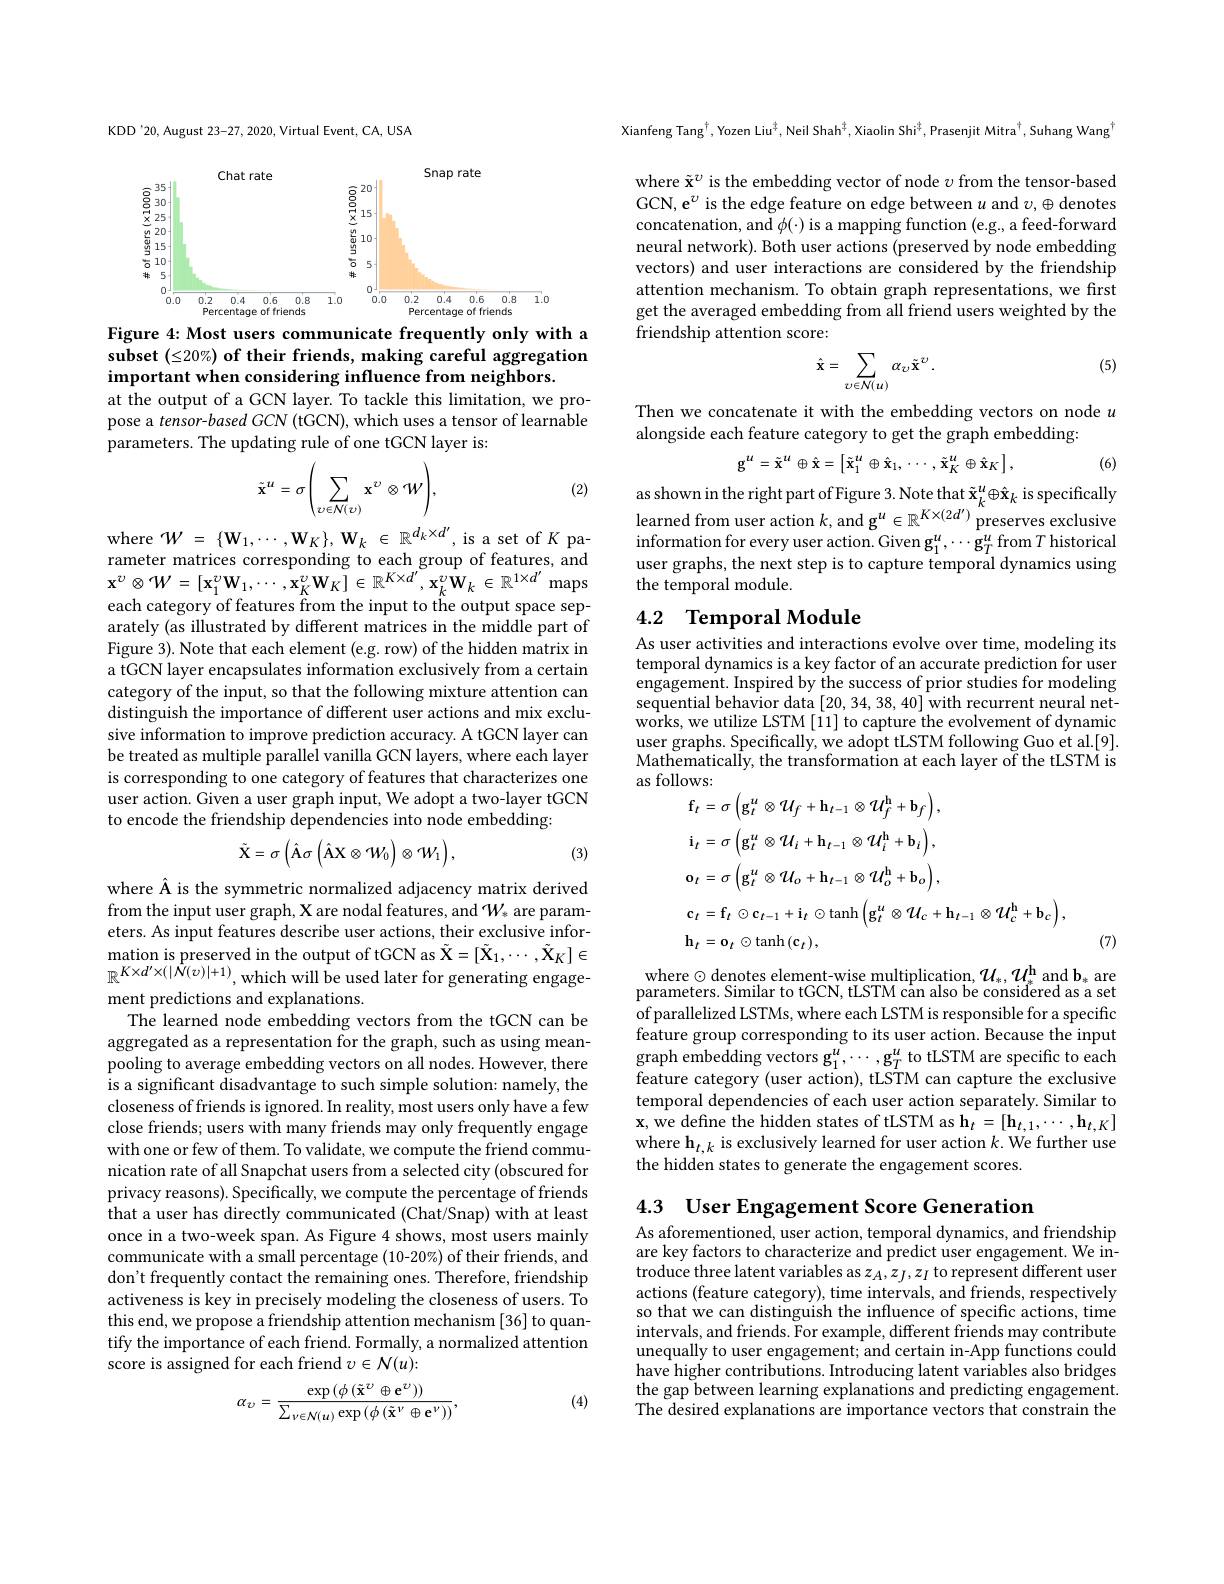
KDD'20, August 23-27, 2020, Virtual Event, CA, USA

<FigureHere>
Figure 4: Most users communicate frequently only with a

subset $(\leq20\%)$ of their friends, making careful aggregation
important when considering influence from neighbors.
at the output of a GCN layer. To tackle this limitation, we propose a tensor-based GCN (tGCN), which uses a tensor of learnable parameters. The updating rule of one tGCN layer is:
$$\tilde{\mathbf{x}}^{u}=\sigma\Bigg(\sum_{\upsilon\in\mathcal{N}(\upsilon)}\mathbf{x}^{\upsilon}\otimes W\Bigg),$$
(2)

where $W=\{\mathbf{W}_{1},\cdots,\mathbf{W}_{K}\},\mathbf{W}_{k}\in\mathbb{R}^{d_{k}\times d^{\prime}}$,is a set of $K$ parameter matrices corresponding to each group of features, and $\mathbf{x} ^{v}\otimes W= [ \mathbf{x} _{1}^{v}\mathbf{W} _{1}, \cdots , \mathbf{x} _{K}^{v}\mathbf{W} _{K}] \in \mathbb{R} ^{K\times d^{\prime }}, \mathbf{x} _{k}^{v}\mathbf{W} _{k}\in \mathbb{R} ^{1\times d^{\prime }}$ maps each category of features from the input to the output space separately (as illustrated by different matrices in the middle part of Figure 3). Note that each element (e.g. row) of the hidden matrix in a tGCN layer encapsulates information exclusively from a certain category of the input, so that the following mixture attention can distinguish the importance of different user actions and mix exclusive information to improve prediction accuracy. A tGCN layer can be treated as multiple parallel vanilla GCN layers, where each layer is corresponding to one category of features that characterizes one user action. Given a user graph input, We adopt a two-layer tGCN to encode the friendship dependencies into node embedding:

(3)
$$\tilde{\mathbf{X}}=\sigma\left(\hat{\mathbf{A}}\sigma\left(\hat{\mathbf{A}}\mathbf{X}\otimes W_{0}\right)\otimes W_{1}\right),$$
where Â is the symmetric normalized adjacency matrix derived

from the input user graph, X are nodal features, and $W_*$ are parameters. As input features describe user actions, their exclusive infor- $\begin{array}{c}\mathrm{mation~is~preserved~in~the~output~of~tGCN~as~\tilde{X}=[\tilde{X}_{1},\cdots,\tilde{X}_{K}]\in}\end{array}$ $\mathbb{R}^{K\times d^{\prime}\times(|N(v)|+1)}$,which will be used later for generating engagement predictions and explanations.
The learned node embedding vectors from the tGCN can be aggregated as a representation for the graph, such as using meanpooling to average embedding vectors on all nodes. However, there is a significant disadvantage to such simple solution: namely, the closeness of friends is ignored. In reality, most users only have a few close friends; users with many friends may only frequently engage with one or few of them. To validate, we compute the friend communication rate of all Snapchat users from a selected city (obscured for privacy reasons). Specifically, we compute the percentage of friends that a user has directly communicated (Chat/Snap) with at least once in a two-week span. As Figure 4 shows, most users mainly communicate with a small percentage (10-20%) of their friends, and don't frequently contact the remaining ones. Therefore, friendship activeness is key in precisely modeling the closeness of users. To this end, we propose a friendship attention mechanism [36] to quantify the importance of each friend. Formally, a normalized attention score is assigned for each friend $v\in\mathcal{N}(u)\colon$
$$\alpha_{\upsilon}=\frac{\exp\left(\phi\left(\tilde{\mathbf{x}}^{\upsilon}\oplus\mathbf{e}^{\upsilon}\right)\right)}{\sum_{\nu\in\mathcal{N}(u)}\exp\left(\phi\left(\tilde{\mathbf{x}}^{\nu}\oplus\mathbf{e}^{\nu}\right)\right)},$$
(4)

Xianfeng Tang$^{\dagger}$,Yozen Liu$^{\dagger}$, Neil Shah$^{\dagger},\text{XiaolinShi}^{\dagger}$,Prasenjit Mitra$^{\dagger}$,Suhang Wang$^{\dagger}$

where $\tilde{\mathbf{x}}^\upsilon$ is the embedding vector of node $v$ from the tensor-based GCN, e$^v$ is the edge feature on edge between $u$ and $v,\oplus$ denotes concatenation, and $\phi(\cdot)$ is a mapping function (e.g., a feed-forward neural network). Both user actions (preserved by node embedding vectors) and user interactions are considered by the friendship attention mechanism. To obtain graph representations, we first get the averaged embedding from all friend users weighted by the friendship attention score:

(5)
$$\hat{\mathbf{x}}=\sum_{\upsilon\in\mathcal{N}(u)}\alpha_{\upsilon}\tilde{\mathbf{x}}^{\upsilon}.$$
Then we concatenate it with the embedding vectors on node $u$
alongside each feature category to get the graph embedding:
$$\mathbf{g}^{u}=\tilde{\mathbf{x}}^{u}\oplus\hat{\mathbf{x}}=\left[\tilde{\mathbf{x}}_{1}^{u}\oplus\hat{\mathbf{x}}_{1},\:\cdots,\tilde{\mathbf{x}}_{K}^{u}\oplus\hat{\mathbf{x}}_{K}\right],$$
(6)

as shown in the right part of Figure 3. Note that $\tilde{\mathbf{x}}_k^u\oplus\hat{\mathbf{x}}_k$ is specifically learned from user action $k$,and g$^u\in\mathbb{R}^K\times(2d^{\prime})$ preserves exclusive $\begin{array}{c}{\mathrm{information~for~every~user~action.~Given~g}_{1}^{u},\cdots g_{T}^{u}~from~}T\end{array}$historical user graphs, the next step is to capture temporal dynamics using the temporal module.

## 4.2 Temporal Module

As user activities and interactions evolve over time, modeling its temporal dynamics is a key factor of an accurate prediction for user engagement. Inspired by the success of prior studies for modeling sequential behavior data [20,34,38,40] with recurrent neural networks, we utilize LSTM [11] to capture the evolvement of dynamic user graphs. Specifically, we adopt tLSTM following Guo et al.[9]. Mathematically, the transformation at each layer of the tLSTM is as follows:
$$\begin{aligned}&\text{10WS:}\\&\mathbf{f}_{t}=\sigma\left(\mathbf{g}_{t}^{u}\otimes\mathcal{U}_{f}+\mathbf{h}_{t-1}\otimes\mathcal{U}_{f}^{\mathrm{h}}+\mathbf{b}_{f}\right),\\&\mathbf{i}_{t}=\sigma\left(\mathbf{g}_{t}^{u}\otimes\mathcal{U}_{i}+\mathbf{h}_{t-1}\otimes\mathcal{U}_{i}^{\mathrm{h}}+\mathbf{b}_{i}\right),\\&\mathbf{o}_{t}=\sigma\left(\mathbf{g}_{t}^{u}\otimes\mathcal{U}_{o}+\mathbf{h}_{t-1}\otimes\mathcal{U}_{o}^{\mathrm{h}}+\mathbf{b}_{o}\right),\\&\mathbf{c}_{t}=\mathbf{f}_{t}\odot\mathbf{c}_{t-1}+\mathbf{i}_{t}\odot\mathrm{tanh}\left(\mathbf{g}_{t}^{u}\otimes\mathcal{U}_{c}+\mathbf{h}_{t-1}\otimes\mathcal{U}_{c}^{\mathrm{h}}+\mathbf{b}_{c}\right),\\&\mathbf{h}_{t}=\mathbf{o}_{t}\odot\mathrm{tanh}\left(\mathbf{c}_{t}\right),\end{aligned}$$
(7)

where $\odot$ denotes element-wise multiplication, $\mathcal{U}_*,\mathcal{U}_*^\mathrm{h}$ and b$_*$ are parameters. Similar to tGCN, tLSTM càn also bé considered as a set of parallelized LSTMs, where each LSTM is responsible for a specific feature group corresponding to its user action. Because the input graph embedding vectors $\mathbf{g}_1^u,\cdots,\mathbf{g}_T^u$ to tLSTM are specific to each feature category (user action), tLSTM can capture the exclusive temporal dependencies of each user action separately. Similar to $\mathbf{x}$,we define the hidden states of tLSTM as h$_t=[\mathbf{h}_{t,1},\cdots,\mathbf{h}_{t,K}]$ where h$_t,k$ is exclusively learned for user action $k.$ We further use the hidden states to generate the engagement scores.

4.3 User Engagement Score Generation
As aforementioned, user action, temporal dynamics, and friendship are key factors to characterize and predict user engagement. We introduce three latent variables as $z_A,z_J,z_I$ to represent different user actions (feature category), time intervals, and friends, respectively so that we can distinguish the influence of specific actions, time intervals, and friends. For example, different friends may contribute unequally to user engagement; and certain in-App functions could have higher contributions. Introducing latent variables also bridges the gap between learning explanations and predicting engagement. The desired explanations are importance vectors that constrain the